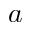
a